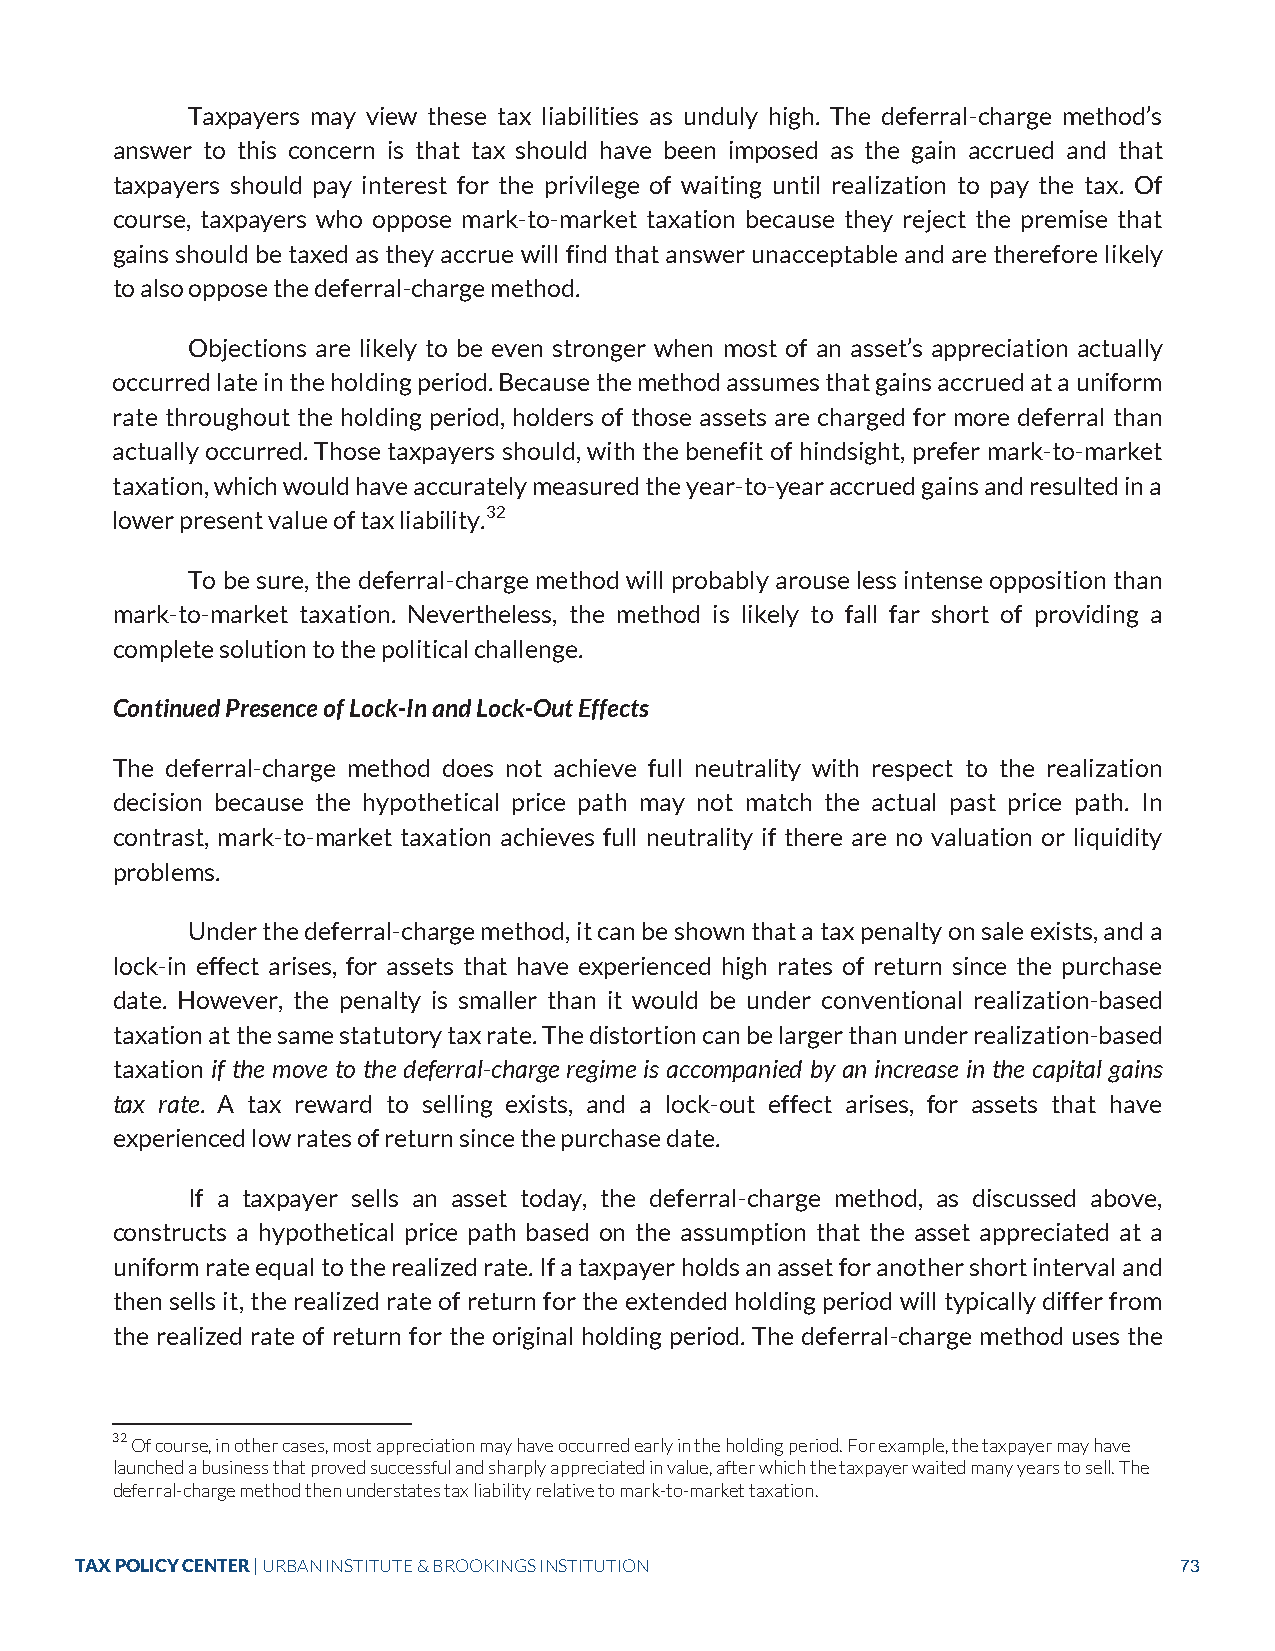
Taxpayers may view these tax liabilities as unduly high. The deferral-charge method’s
 answer to this concern is that tax should have been imposed as the gain accrued and that
 taxpayers should pay interest for the privilege of waiting until realization to pay the tax. Of
 course, taxpayers who oppose mark-to-market taxation because they reject the premise that
 gains should be taxed as they accrue will find that answer unacceptable and are therefore likely
 to also oppose the deferral-charge method.
 Objections are likely to be even stronger when most of an asset’s appreciation actually
 occurred late in the holding period. Because the method assumes that gains accrued at a uniform
 rate throughout the holding period, holders of those assets are charged for more deferral than
 actually occurred. Those taxpayers should, with the benefit of hindsight, prefer mark-to-market
 taxation, which would have accurately measured the year-to-year accrued gains and resulted in a
 lower present value of tax liability.32
 To be sure, the deferral-charge method will probably arouse less intense opposition than
 mark-to-market taxation. Nevertheless, the method is likely to fall far short of providing a
 complete solution to the political challenge.
 Continued Presence of Lock-In and Lock-Out Effects
 The deferral-charge method does not achieve full neutrality with respect to the realization
 decision because the hypothetical price path may not match the actual past price path. In
 contrast, mark-to-market taxation achieves full neutrality if there are no valuation or liquidity
 problems.
 Under the deferral-charge method, it can be shown that a tax penalty on sale exists, and a
 lock-in effect arises, for assets that have experienced high rates of return since the purchase
 date. However, the penalty is smaller than it would be under conventional realization-based
 taxation at the same statutory tax rate. The distortion can be larger than under realization-based
 taxation if the move to the deferral-charge regime is accompanied by an increase in the capital gains
 tax rate. A tax reward to selling exists, and a lock-out effect arises, for assets that have
 experienced low rates of return since the purchase date.
 If a taxpayer sells an asset today, the deferral-charge method, as discussed above,
 constructs a hypothetical price path based on the assumption that the asset appreciated at a
 uniform rate equal to the realized rate. If a taxpayer holds an asset for another short interval and
 then sells it, the realized rate of return for the extended holding period will typically differ from
 the realized rate of return for the original holding period. The deferral-charge method uses the
 32 Of course, in other cases, most appreciation may have occurred early in the holding period. For example, the taxpayer may have
 launched a business that proved successful and sharply appreciated in value, after which the taxpayer waited many years to sell. The
 deferral-charge method then understates tax liability relative to mark-to-market taxation.
 TAX POLICY CENTER | URBAN INSTITUTE & BROOKINGS INSTITUTION              73